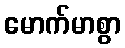
မောက်မာစွာ